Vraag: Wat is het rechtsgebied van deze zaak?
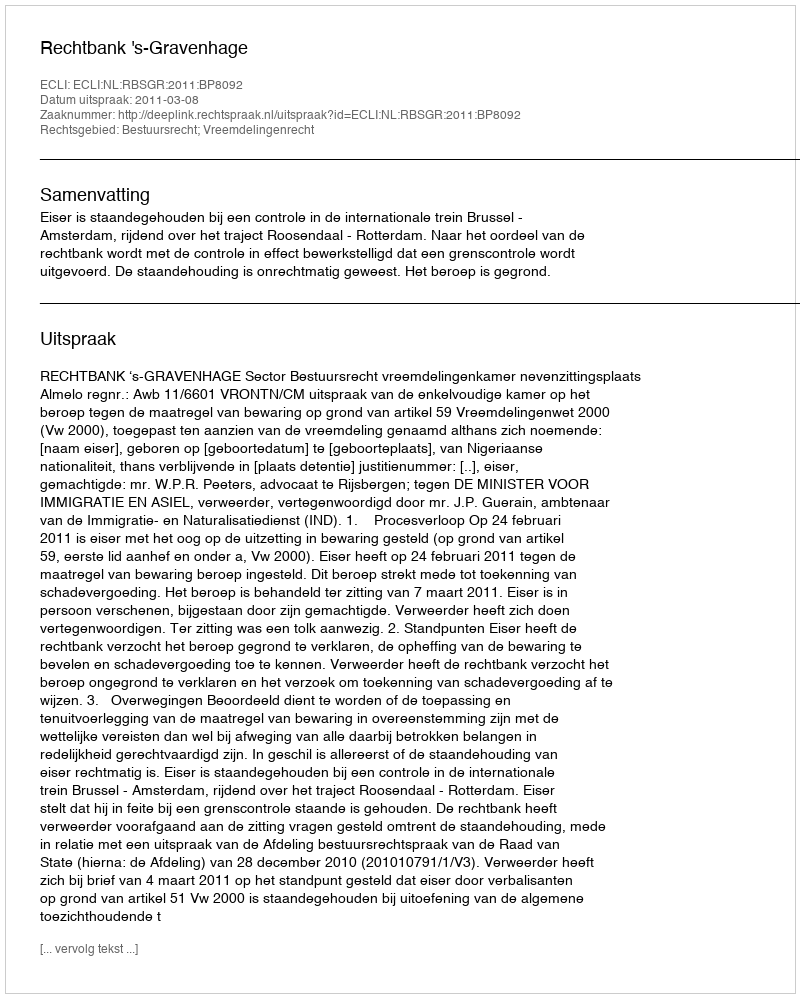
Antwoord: Bestuursrecht; Vreemdelingenrecht